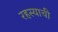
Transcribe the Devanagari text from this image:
रहस्याची